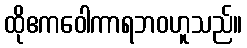
ထိုဧကဝေါကာရဘဝဟူသည်။